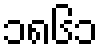
၁၈၆၁